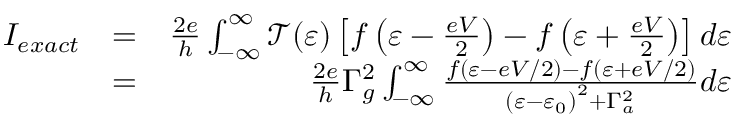
\begin{array} { r l r } { I _ { e x a c t } } & { = } & { \frac { 2 e } { h } \int _ { - \infty } ^ { \infty } \mathcal { T } ( \varepsilon ) \left[ f \left( \varepsilon - \frac { e V } { 2 } \right) - f \left( \varepsilon + \frac { e V } { 2 } \right) \right] d \varepsilon } \\ & { = } & { \frac { 2 e } { h } \Gamma _ { g } ^ { 2 } \int _ { - \infty } ^ { \infty } \frac { f \left( \varepsilon - e V / 2 \right) - f \left( \varepsilon + e V / 2 \right) } { \left( \varepsilon - \varepsilon _ { 0 } \right) ^ { 2 } + \Gamma _ { a } ^ { 2 } } d \varepsilon } \end{array}